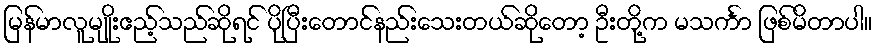
မြန်မာလူမျိုးဧည့်သည်ဆိုရင် ပိုပြီးတောင်နည်းသေးတယ်ဆိုတော့ ဦးတို့က မသင်္ကာ ဖြစ်မိတာပါ။